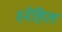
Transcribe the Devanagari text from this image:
स्नेहिल